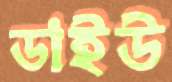
ডাইউ